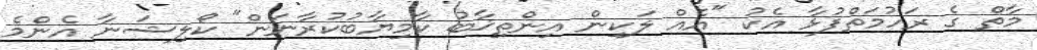
މާތް ގެ ރަހުމަތްފުޅާ އެކު "އެއް ލަކިން އިންތިޚާބު ކާމިޔާބުކުރާނަން" ކޯލިޝަނާ އެންމެ